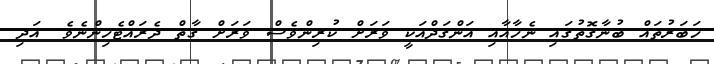
ޚަބަރުތައް ބުނާގޮތުގައި ނެހާއާއި އަންގަދްއަކީ ވަރަށް ކުރިންވެސް ވަރަށް ގާތް ދެރައްޓެހިންނެވެ. އަދި